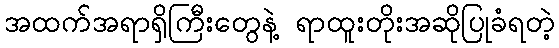
အထက်အရာရှိကြီးတွေနဲ့ ရာထူးတိုးအဆိုပြုခံရတဲ့